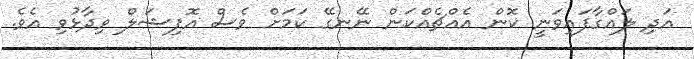
އަދި ލައްގާފައިވަނީ ކޮން އެއްޗެއްކަން ނޭނގޭ ކަމަށް ވެސް އޮފިޝަލް ވިދާޅުވި އެވެ.